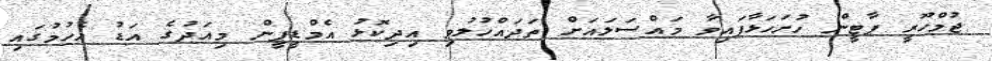
ޖުމްހޫރީ ޕާޓީން ހުށަހަޅާފައިވާ މައްސަލައަށް ތަދައްހުލުވި އިދިކޮޅު އެމްޑީޕީން މިއަދުގެ އަޑު އެހުމުގައި